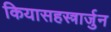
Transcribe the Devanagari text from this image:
कियासहस्त्रार्जुन